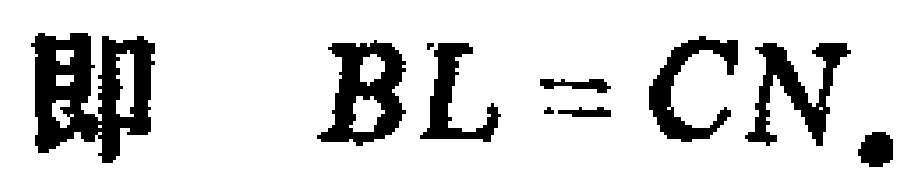
即 \(BL = CN.\)